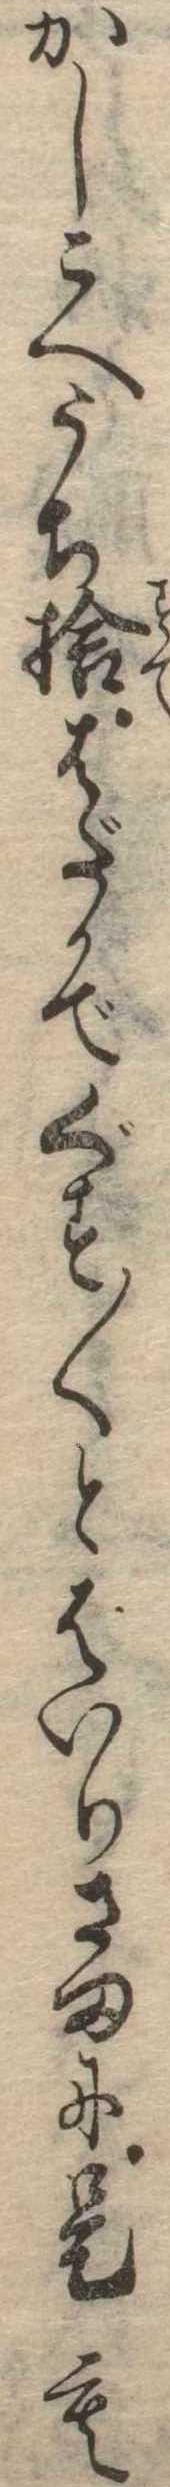
かしこへうち捨はだかでぐす〱とはいりさまに是も